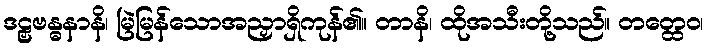
ဒဠှဗန္ဓနာနိ၊ မြဲမြန်သောအညှာရှိကုန်၏။ တာနိ၊ ထိုအသီးတို့သည်။ တတ္ထေဝ၊